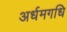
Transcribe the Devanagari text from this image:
अर्धमगधि